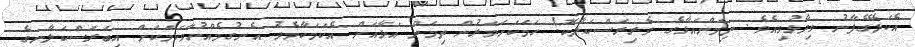
އެކަލޭގެފާނު ވިދާޅުވިއެވެ. ތިމަންއަޅާގެ ވެރިރަސްކަލާކޮ! ހަމަކަށަވަރުން ތިމަން އަޅާއަށް އެކަމަކާމެދު އެނގުމެއްނުވާކަމަކަށް އިބަރަސްކަލާނގެ